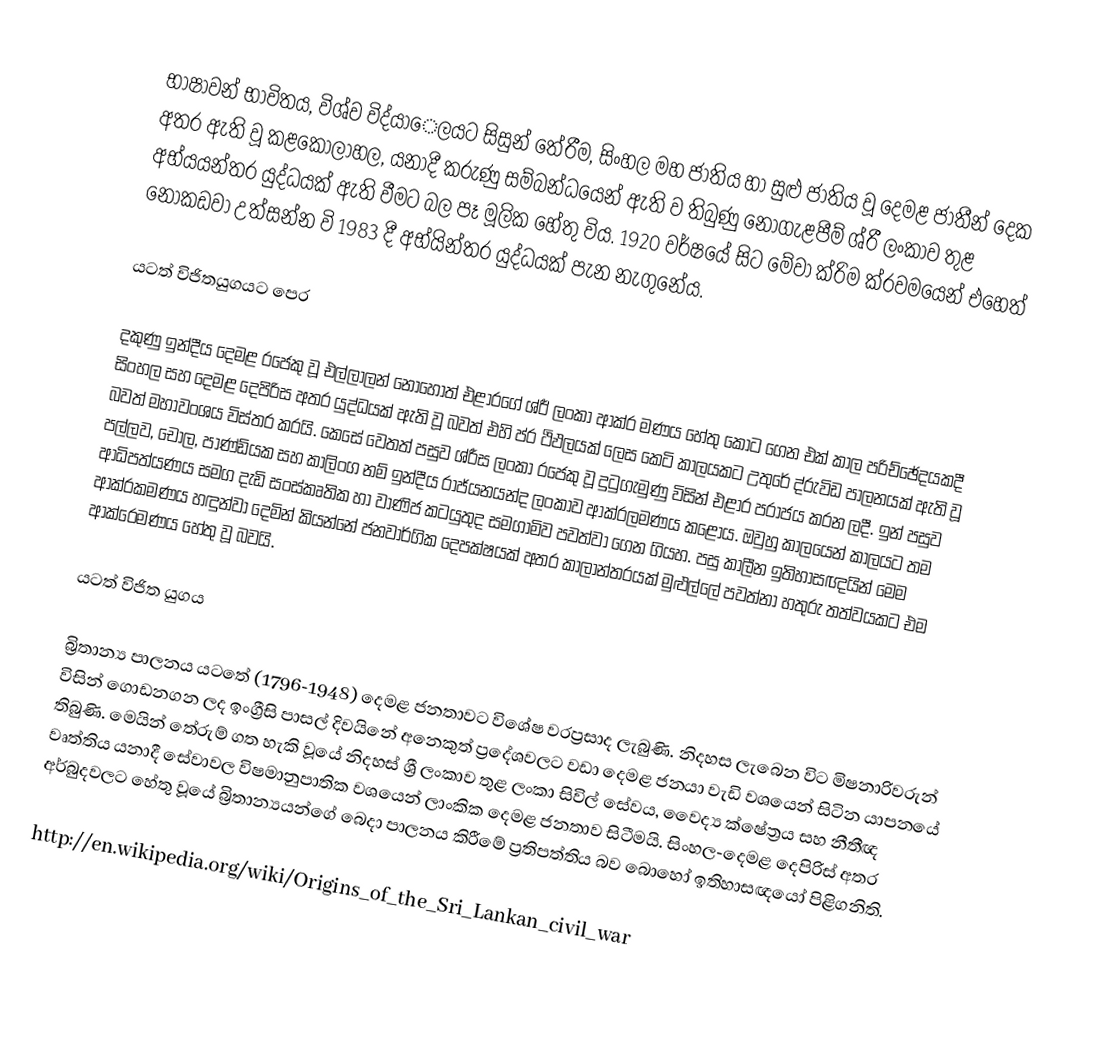
භාෂාවන් භාවිතය, විශ්ව විද්යාෙලයට සිසුන් තේරීම, සිංහල මහ ජාතිය හා සුළු ජාතිය වූ දෙමළ ජාතීන් දෙක අතර ඇති වූ කළකෝලාහල, යනාදී කරුණු සම්බන්ධයෙන් ඇති ව තිබුණු නොගැළපීම්  ශ්රී  ලංකාව තුළ අභ්යයන්තර යුද්ධයක් ඇති වීමට බල පෑ මූලික හේතු විය. 1920 වර්ෂයේ සිට මේවා ක්රිම ක්රවමයෙන් එහෙත් නොකඩවා උත්සන්න වි 1983 දී අභ්යින්තර යුද්ධයක් පැන නැගුනේය.

යටත් විජිතයුගයට පෙර

දකුණු ඉන්දීය දෙමළ රජෙකු වූ එල්ලාලන් නොහොත් එළාරගේ ශ්රී් ලංකා ආක්ර මණය හේතු කොට ගෙන එක් කාල පරිච්ඡේදයකදී සිංහල සහ දෙමළ දෙපිරිස අතර යුද්ධයක් ඇති වූ බවත් එහි ප්ර ථිඵලයක් ලෙස කෙටි කාලයකට උතුරේ ද්රුවිඩ පාලනයක් ඇති වූ බවත් මහාවංශය විස්තර කරයි. කෙසේ වෙතත් පසුව ශ්රීස ලංකා රජෙකු වූ දුටුගැමුණු විසින් එළාර පරාජය කරන ලදී. ඉන් පසුව පල්ලව, චෝල, පාණ්ඩ්යක සහ කාලිංග නම් ඉන්දීය රාජ්යනයන්ද ලංකාව ආක්රලමණය කළෝය. ඔවුහු කාලයෙන් කාලයට තම ආධිපත්යණය සමග දැඩි සංස්කෘතික හා වාණිජ කටයුතුද සමගාමිව පවත්වා ගෙන ගියහ. පසු කාලීන ඉතිහාසඥයින් මෙම ආක්රකමණය හඳුන්වා දෙමින් කියන්නේ ජනවාර්ගික දෙපක්ෂයක් අතර කාලාන්තරයක් මුළුල්ලේ පවත්නා හතුරු තත්වයකට එම ආක්රෙමණය හේතු වූ බවයි.

යටත් විජිත යුගය

බ්‍රිතාන්‍ය පාලනය යටතේ (1796-1948) දෙමළ ජනතාවට විශේෂ වරප්‍රසාද ලැබුණි. නිදහස ලැබෙන විට මිෂනාරිවරුන් විසින් ගොඩනගන ලද ඉංග්‍රීසි පාසල් දිවයිනේ අනෙකුත් ප්‍රදේශවලට වඩා දෙමළ ජනයා වැඩි වශයෙන් සිටින යාපනයේ තිබුණි. මෙයින් තේරුම් ගත හැකි වූයේ නිදහස් ශ්‍රී ලංකාව තුළ ලංකා සිවිල් සේවය, වෛද්‍ය ක්ෂේත්‍රය සහ නීතීඥ වෘත්තිය යනාදී සේවාවල  විෂමානුපාතික වශයෙන් ලාංකික දෙමළ ජනතාව සිටීමයි. සිංහල-දෙමළ දෙපිරිස් අතර අර්බුදවලට හේතු වූයේ බ්‍රිතාන්‍යයන්ගේ බෙදා පාලනය කිරීමේ ප්‍රතිපත්තිය බව බොහෝ ඉතිහාසඥයෝ පිළිගනිති.

http://en.wikipedia.org/wiki/Origins_of_the_Sri_Lankan_civil_war